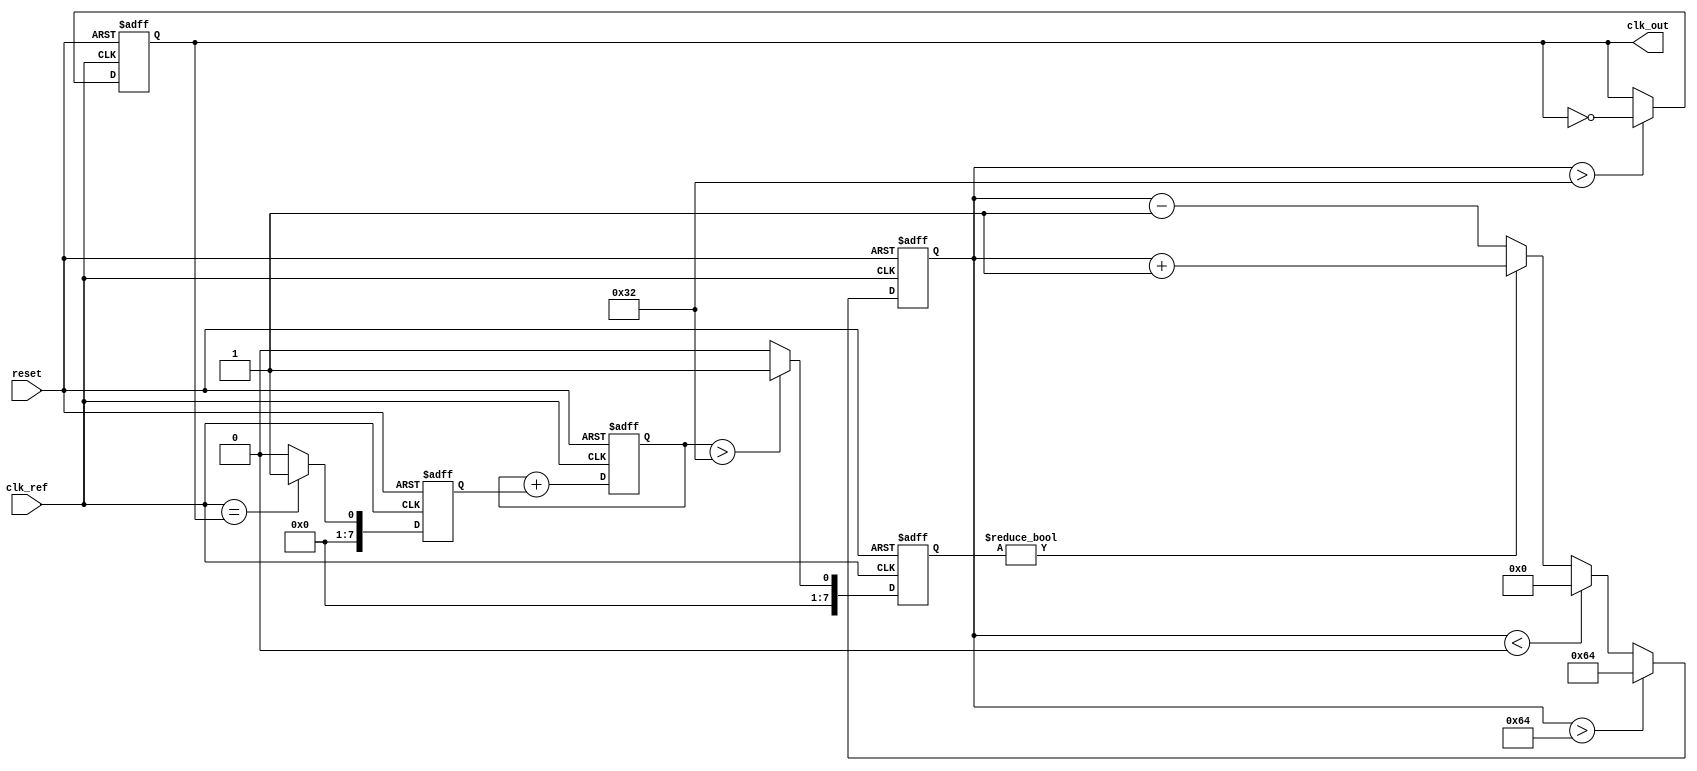
module sigma_delta_pll (
    input wire clk_ref,          // Reference clock input
    input wire reset,            // Reset signal
    output reg clk_out           // Output clock
);

    // Parameters
    parameter N = 8;             // Number of bits for the sigma-delta modulator
    parameter VCO_MAX_FREQ = 100; // Maximum VCO frequency (arbitrary units)
    
    // Internal signals
    reg [N-1:0] control_voltage; // Control voltage for VCO
    reg [N-1:0] error_signal;     // Error signal from phase detector
    reg [N-1:0] vco_output;       // VCO output frequency
    reg [N-1:0] vco_frequency;    // VCO frequency control
    reg [N-1:0] modulated_signal;  // Output of the sigma-delta modulator
    
    // Phase Detector (PD)
    always @(posedge clk_ref or posedge reset) begin
        if (reset) begin
            error_signal <= 0;
        end else begin
            // Simple phase detection logic (example)
            // This should compare phase of clk_ref and clk_out
            error_signal <= (clk_ref == clk_out) ? 1 : 0; // Placeholder logic
        end
    end

    // Loop Filter (LF)
    always @(posedge clk_ref or posedge reset) begin
        if (reset) begin
            control_voltage <= 0;
        end else begin
            // Simple first-order loop filter
            control_voltage <= control_voltage + error_signal; // Placeholder logic
        end
    end

    // Sigma-Delta Modulator
    always @(posedge clk_ref or posedge reset) begin
        if (reset) begin
            modulated_signal <= 0;
        end else begin
            // Simple 1-bit sigma-delta modulation logic
            if (control_voltage > (VCO_MAX_FREQ / 2)) begin
                modulated_signal <= 1;
            end else begin
                modulated_signal <= 0;
            end
        end
    end

    // Voltage-Controlled Oscillator (VCO)
    always @(posedge clk_ref or posedge reset) begin
        if (reset) begin
            vco_frequency <= 0;
        end else begin
            // Adjust VCO frequency based on modulated signal
            if (modulated_signal) begin
                vco_frequency <= vco_frequency + 1; // Increase frequency
            end else begin
                vco_frequency <= vco_frequency - 1; // Decrease frequency
            end
            // Ensure VCO frequency is within bounds
            if (vco_frequency > VCO_MAX_FREQ) begin
                vco_frequency <= VCO_MAX_FREQ;
            end else if (vco_frequency < 0) begin
                vco_frequency <= 0;
            end
        end
    end

    // Output clock generation
    always @(posedge clk_ref or posedge reset) begin
        if (reset) begin
            clk_out <= 0;
        end else begin
            // Generate output clock based on VCO frequency
            // This is a placeholder for actual clock generation logic
            clk_out <= (vco_frequency > (VCO_MAX_FREQ / 2)) ? ~clk_out : clk_out; // Simple toggling logic
        end
    end

endmodule